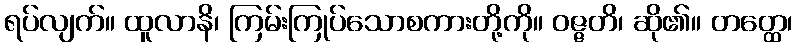
ရပ်လျက်။ ထူလာနိ၊ ကြမ်းကြုပ်သောစကားတို့ကို။ ဝဇ္ဇတိ၊ ဆို၏။ တတ္ထေ၊